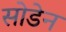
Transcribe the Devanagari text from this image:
सोडेन